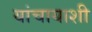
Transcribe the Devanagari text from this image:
यांचायाशी